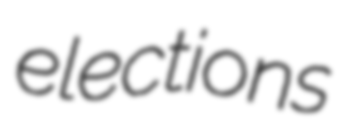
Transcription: elections